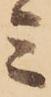
ミ